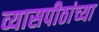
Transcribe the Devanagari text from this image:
व्यासपीठांच्या